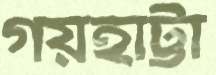
গয়হাট্টা